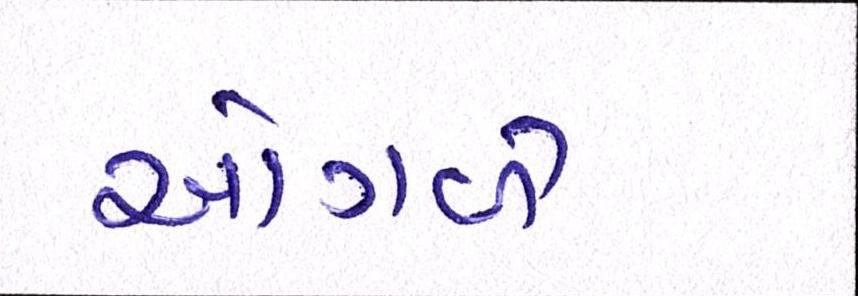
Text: ઓગળે